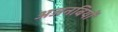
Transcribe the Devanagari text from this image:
अजनबियों